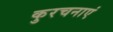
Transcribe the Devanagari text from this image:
कुरचनाएं